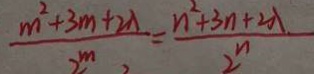
\frac { m ^ { 2 } + 3 m + 2 \lambda } { 2 ^ { m } } = \frac { n ^ { 2 } + 3 n + 2 \lambda } { 2 ^ { n } }